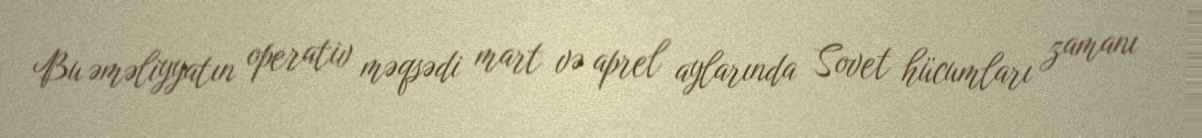
Bu əməliyyatın operativ məqsədi mart və aprel aylarında Sovet hücumları zamanı